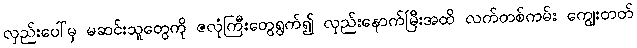
လှည်းပေါ်မှ မဆင်းသူတွေကို ဇလုံကြီးတွေရွက်၍ လှည်းနောက်မြီးအထိ လက်တစ်ကမ်း ကျွေးတတ်